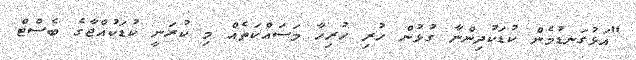
"އަޅުގަނޑުމެން ކުޑަކުދިންނާ ގުޅުން ހުރި ހުރިހާ މަސައްކަތެއް މި ކުރަނީ ކުޑަކުއްޖާގެ ބެސްޓް